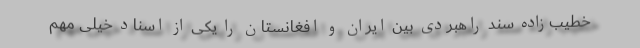
خطیب‌زاده سند راهبردی بین ایران و افغانستان را یکی از اسناد خیلی مهم